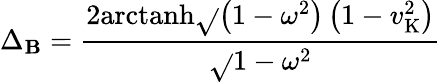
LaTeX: \Delta_{\mathbf{B}}={\frac{{2{\textrm{{arctanh}}}{\sqrt{}{{\left(1-\omega^{2}\right)\left(1-v_{\mathrm{{K}}}^{2}\right)}}}}}{{\sqrt{}{{1-\omega^{2}}}}}}